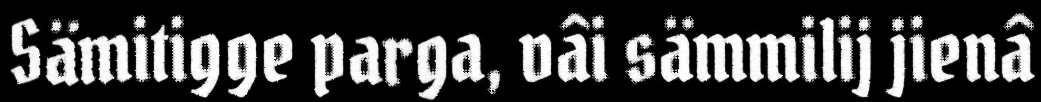
Sämitigge parga, vâi sämmilij jienâ